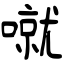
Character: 噈